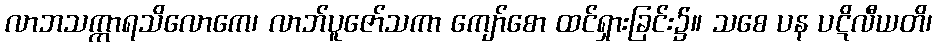
လာဘသက္ကာရသိလောကေ၊ လာဘ်ပူဇော်သကာ ကျော်စော ထင်ရှားခြင်း၌။ သစေ ပန ပဋိလီယတိ၊